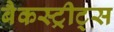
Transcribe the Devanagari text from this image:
बैकस्ट्रीट्स